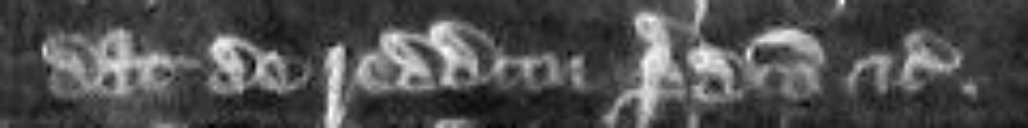
dat de redditu predicto etc